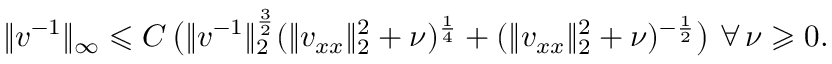
\| v ^ { - 1 } \| _ { \infty } \leqslant C \, \bigl ( \| v ^ { - 1 } \| _ { 2 } ^ { \frac { 3 } { 2 } } ( \| v _ { x x } \| _ { 2 } ^ { 2 } + \nu ) ^ { \frac { 1 } { 4 } } + ( \| v _ { x x } \| _ { 2 } ^ { 2 } + \nu ) ^ { - \frac { 1 } { 2 } } \bigr ) \ \forall \, \nu \geqslant 0 .